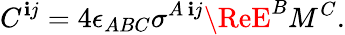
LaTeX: C^{\mathbf{i}j}=4\epsilon_{ABC}\sigma^{A\, \mathbf{i}j}\ReE^{B}M^{C}.